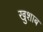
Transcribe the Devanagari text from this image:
खुशाब